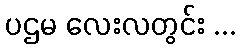
ပဌမ လေးလတွင်း ...